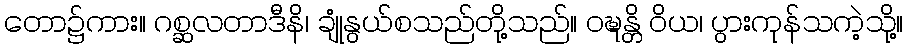
တော၌ကား။ ဂစ္ဆလတာဒီနိ၊ ချုံနွယ်စသည်တို့သည်။ ဝဍ္ဎန္တိ ဝိယ၊ ပွားကုန်သကဲ့သို့။